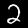
Label: 2